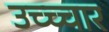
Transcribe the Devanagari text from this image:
उच्च्चार